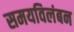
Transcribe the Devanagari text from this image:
समयविलंबन